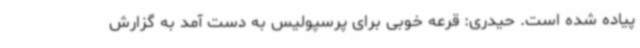
پیاده شده است. حیدری: قرعه خوبی برای پرسپولیس به دست آمد به گزارش